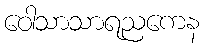
ဝေါသာသာရညကေန